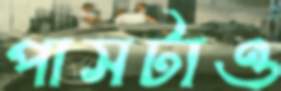
পাসটাও